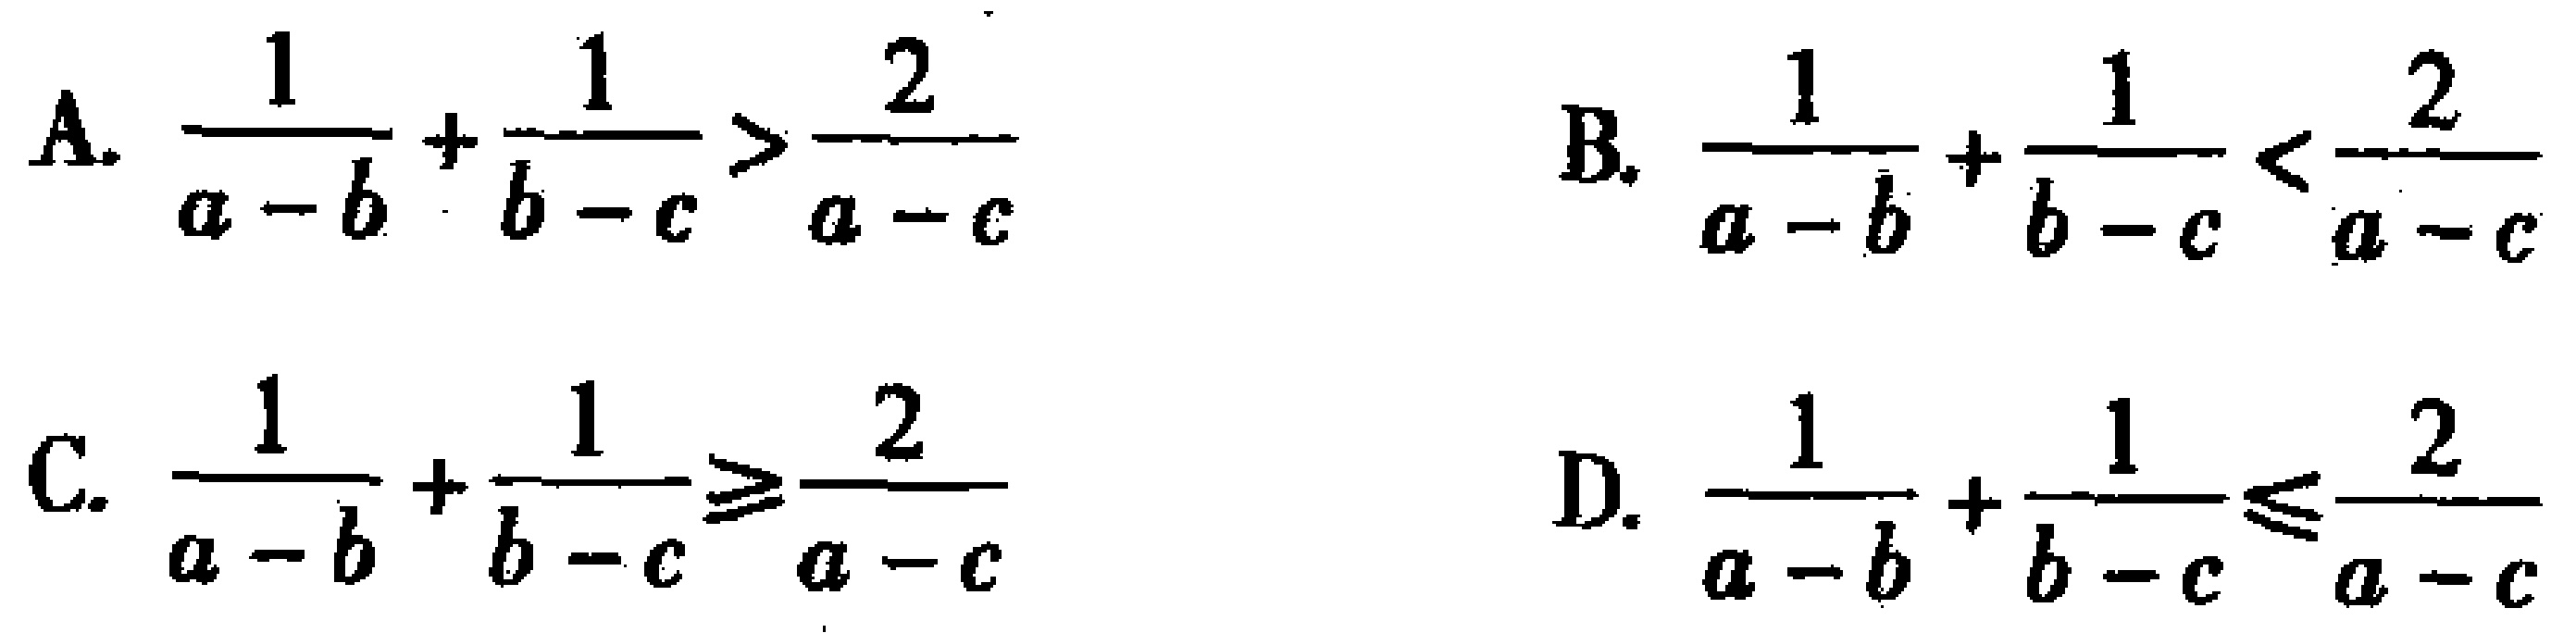
A. $\frac{1}{a - b}+\frac{1}{b - c}>\frac{2}{a - c}$

B. $\frac{1}{a - b}+\frac{1}{b - c}<\frac{2}{a - c}$

C. $\frac{1}{a - b}+\frac{1}{b - c}\geq\frac{2}{a - c}$

D. $\frac{1}{a - b}+\frac{1}{b - c}\leq\frac{2}{a - c}$